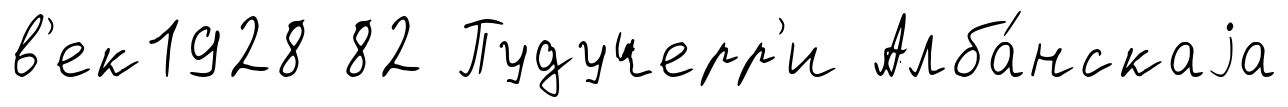
в'ек1928 82 Пудучерр'и Алба́нскаjа